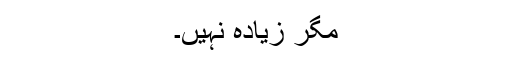
مگر زیادہ نہیں۔